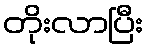
တိုးလာပြီး